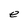
Character: e